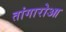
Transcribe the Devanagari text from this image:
तांगारोआ